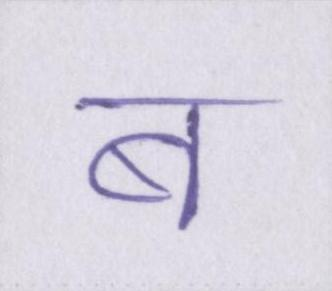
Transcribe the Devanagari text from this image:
ब